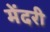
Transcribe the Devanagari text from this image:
मेंदरी